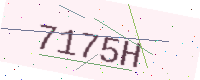
Text: 7175H